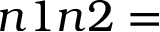
n 1 n 2 =